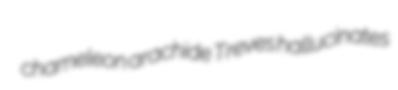
chameleon arachide Treves hallucinates